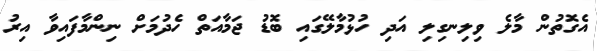
އެގޮތުން މާލެ ވިލިނގިލި އަދި ހުޅުމާލޭގައި ބޮޑު ޖަމާއަތް ހެދުމަށް ނިންމާފައިވާ އިރު